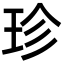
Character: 珍